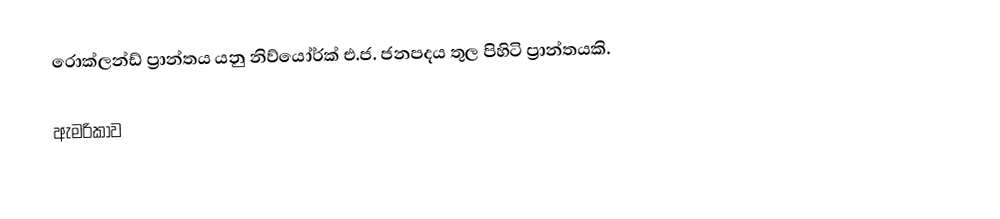
රොක්ලන්ඩ් ප්‍රාන්තය යනු නිව්යෝර්ක් එ.ජ. ජනපදය තුල පිහිටි ප්‍රාන්තයකි.

ඇමරිකාව